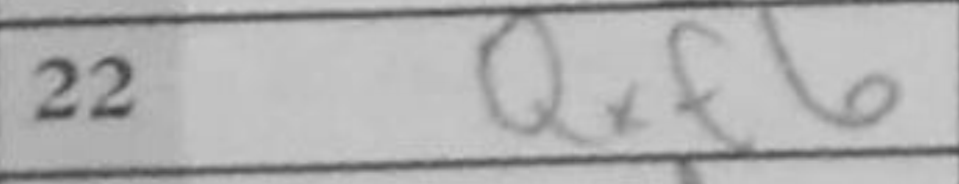
Transcription: Qxf6